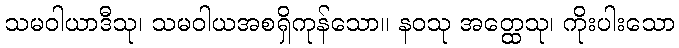
သမဝါယာဒီသု၊ သမဝါယအစရှိကုန်သော။ နဝသု အတ္ထေသု၊ ကိုးပါးသော